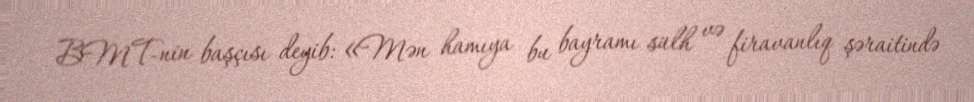
BMT-nin başçısı deyib: «Mən hamıya bu bayramı sülh və firavanlıq şəraitində